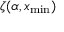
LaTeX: \zeta ( \alpha , x _ { \mathrm { m i n } } )